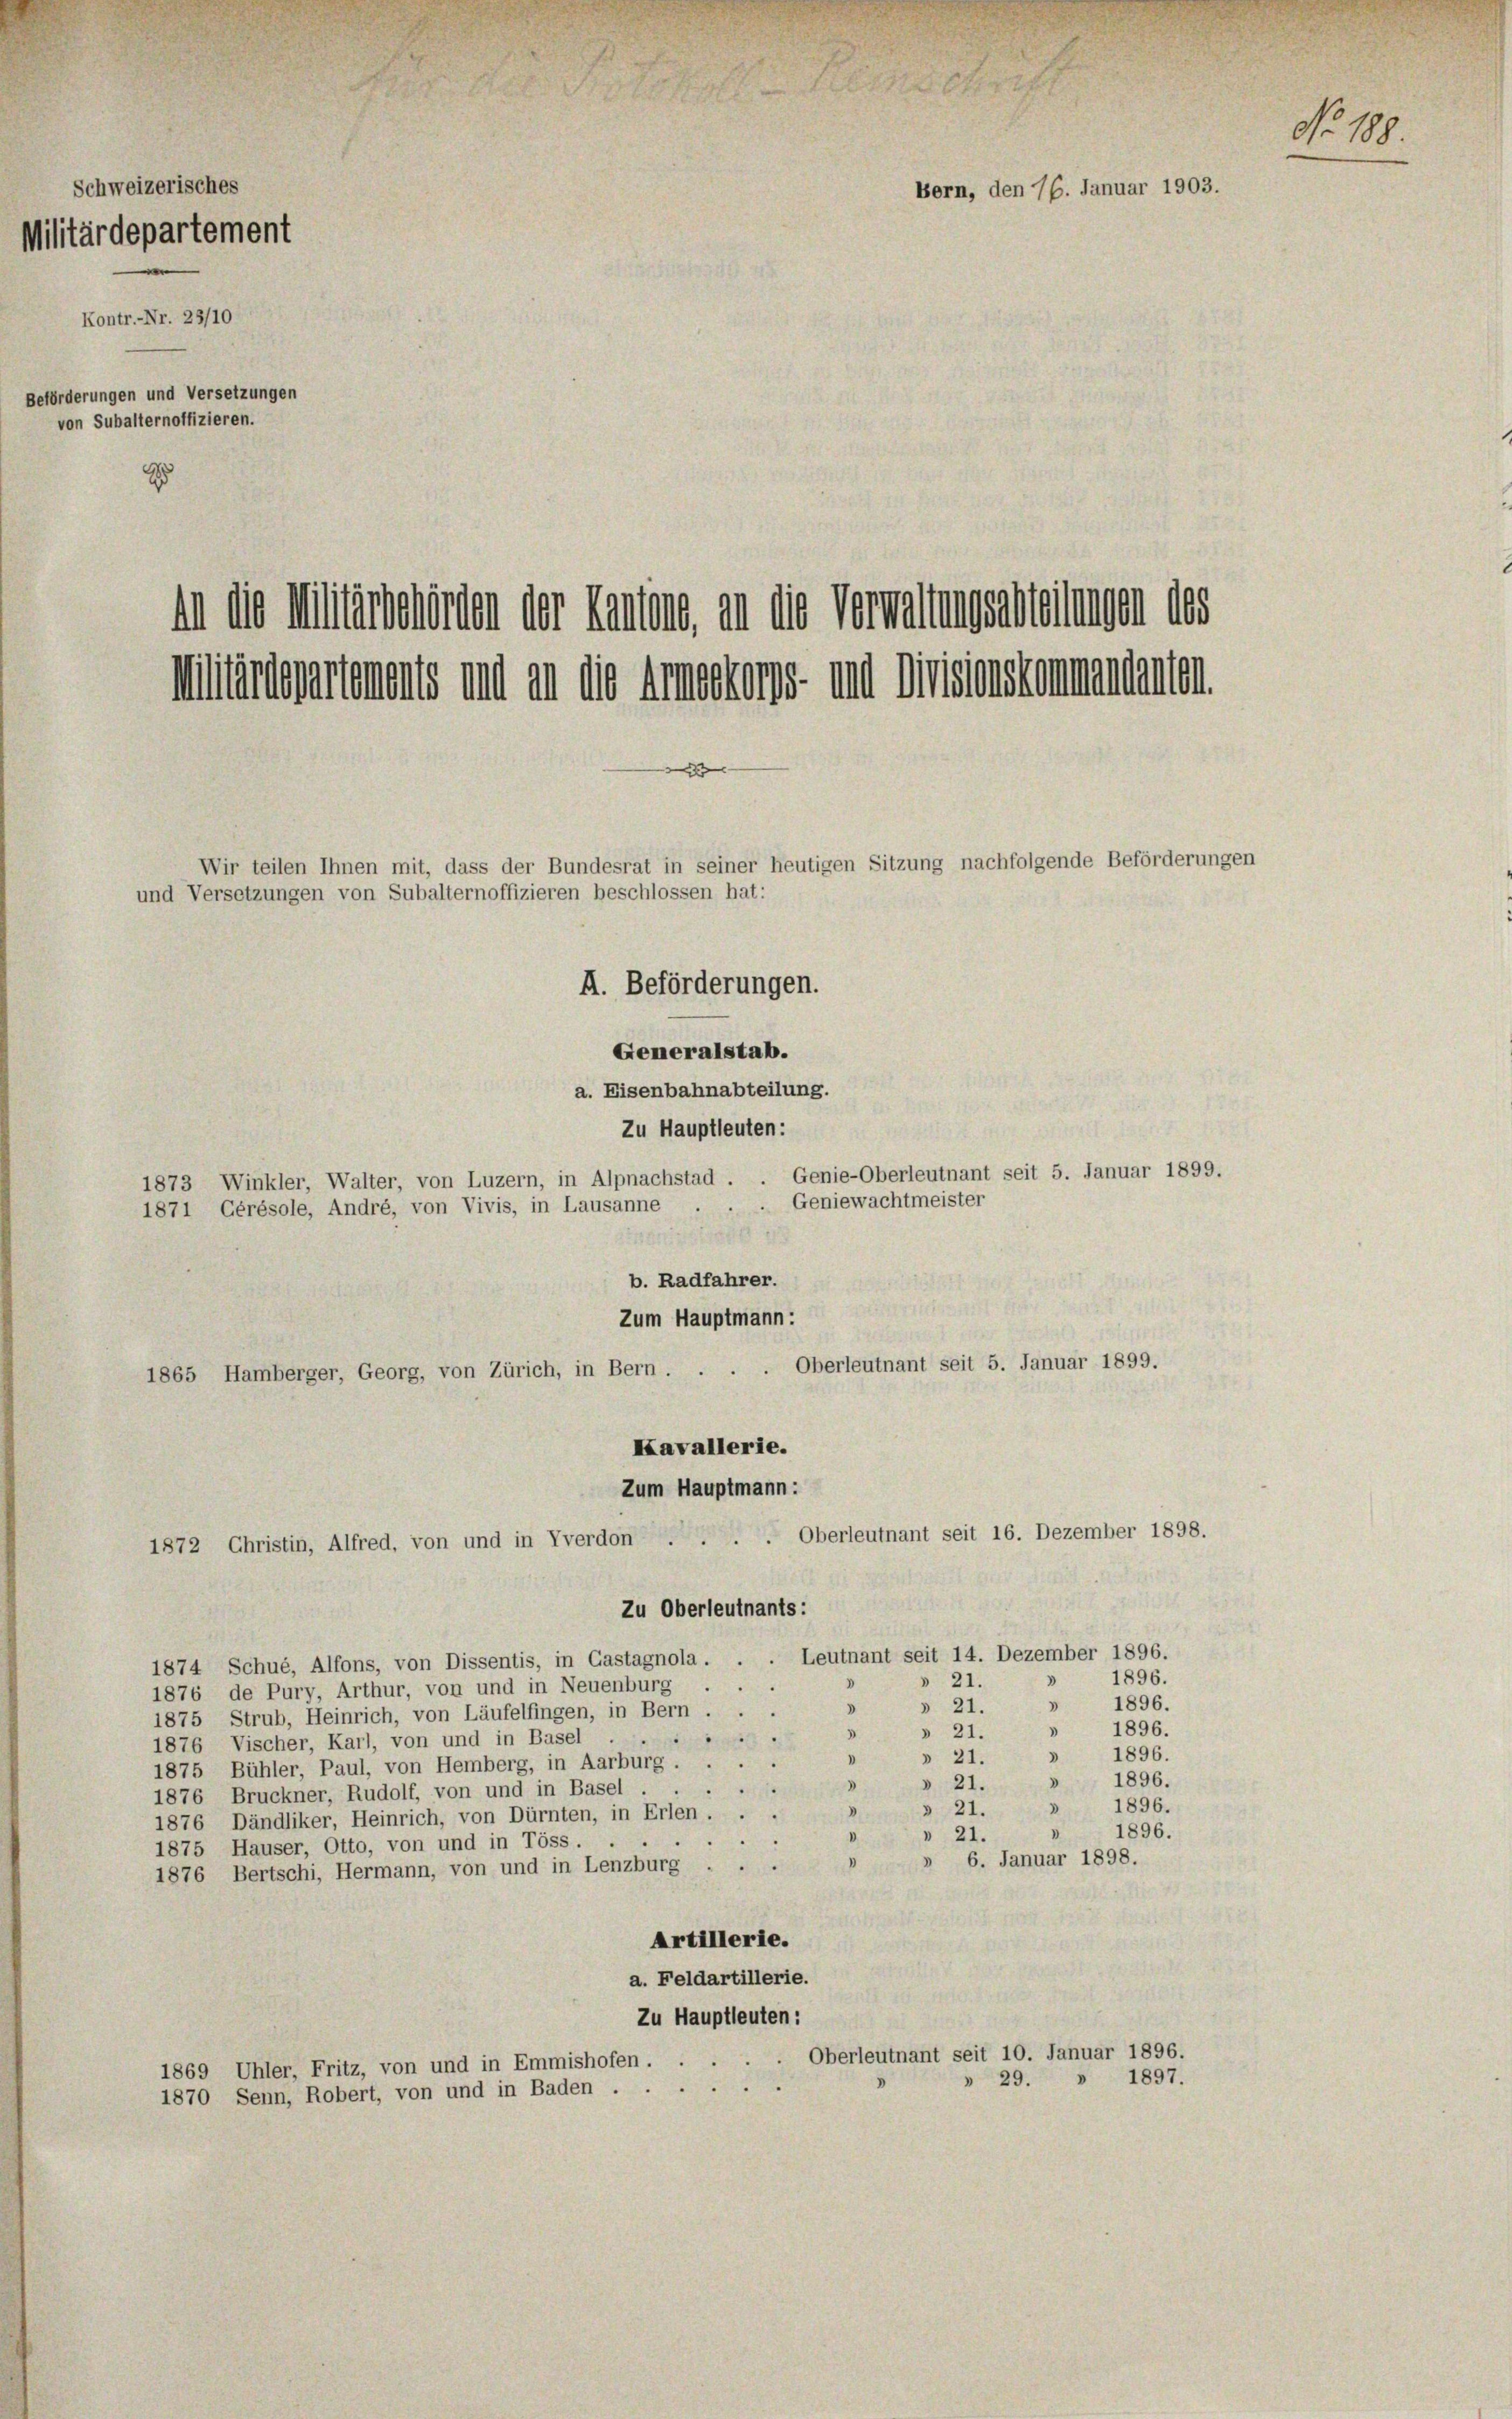
Schweizerisches
Militärdepartement
Beförderungen und Versetzungen
von Subalternoffizieren.
Zu

Kontr.-Nr. 23/10

in die Militärbehörden der Landiens, an die Verwaltungsabteilungen des
Miltenwartements und an die Armestens und Missionskommendanten
e
Wir teilen Ihnen mit, dass der Bundesrat in seiner heutigen Sitzung nachfolgende Beförderungen
und Versetzungen von Subalternoffizieren beschlossen hat:

I. Beförderungen.
Generalstab.
a. Eisenbahnabteilung.
Zu Hauptleuten:
1873 Winkler, Walter, von Luzern, in Alpnachstad . . Genie-Oberleutnant seit 5. Januar 1899.
Geniewachtmeister
1871 Gérésole, André, von Vivis, in Lausanne
b. Radfahrer.
Zum Hauptmann:
Oberleutnant seit 5. Januar 1899.
1865 Hamberger, Georg, von Zürich, in Bern.
Kavallerie.
Zum Hauptmann:
Oberleutnant seit 16. Dezember 1898.
1872 Christin, Alfred, von und in Yverdon-
Zu Oberleutnants:
Leutnant seit 14. Dezember 1896.
1874 Schué, Alfons, von Dissentis, in Castagnola.
» 1896.
» 21.
5
1876 de Pury, Arthur, von und in Neuenburg
» 1896.
» 21.
3
1875 Strub, Heinrich, von Läufelfingen, in Bern ...
 1896.
d
» 21.
1876 Vischer, Karl, von und in Basel
» 1896.
» 21.
.
3
1875 Bühler, Paul, von Hemberg, in Aarburg.
» 1896.
» 21.
1
1876 Bruckner, Rudolf, von und in Basel
» 1896.
» 21.
a
1876 Dändliker, Heinrich, von Dürnten, in Erlen.
1896.
.
» 21.
3
1875 Hauser, Otto, von und in Töss.
» 6. Januar 1898.
u
1876 Bertschi, Hermann, von und in Lenzburg
Artillerie.
a. Feldartillerie.
Zu Hauptleuten:
Oberleutnant seit 10. Januar 1896.
1869 Uhler, Fritz, von und in Emmishofen . .
» 29. » 1897.
1870 Senn, Robert, von und in Baden.

Bern, den 76. Januar 1903.

No 109.